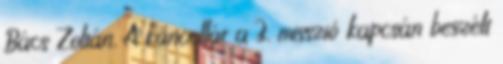
Bács Zoltán. A kancellár a 3. misszió kapcsán beszélt